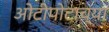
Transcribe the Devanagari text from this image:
ओटीपोटाच्या